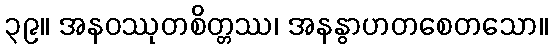
၃၉။ အနဝဿုတစိတ္တဿ၊ အနနွာဟတစေတသော။